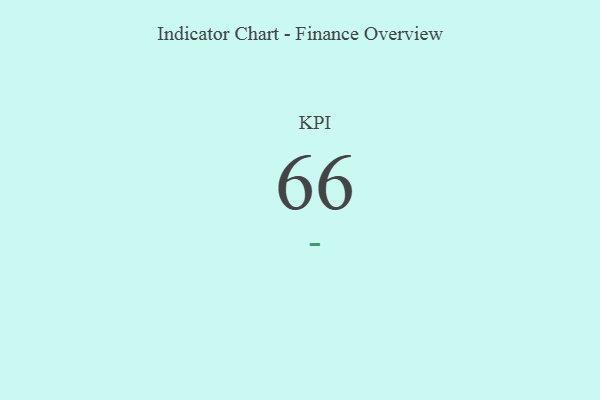
{"axis": {"x": "KPI", "y": "Value"}, "legend": [""], "data": [{"x": "KPI", "y": 66, "type": ""}]}